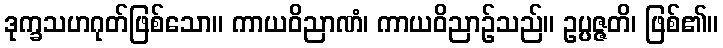
ဒုက္ခသဟဂုတ်ဖြစ်သော။ ကာယဝိညာဏံ၊ ကာယဝိညာဉ်သည်။ ဥပ္ပဇ္ဇတိ၊ ဖြစ်၏။